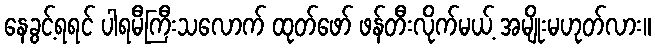
နေခွင့်ရရင် ပါရမီကြီးသလောက် ထုတ်ဖော် ဖန်တီးလိုက်မယ့် အမျိုးမဟုတ်လား။